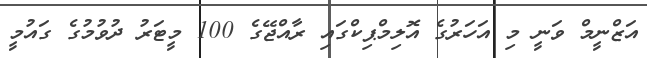
އަޒްނީމް ވަނީ މި އަހަރުގެ އޮލިމްޕިކްގައި ރާއްޖޭގެ 100 މީޓަރު ދުވުމުގެ ގައުމީ